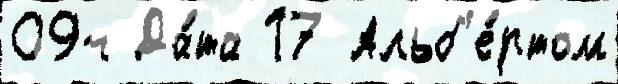
09ч Да́та 17 Альб'е́ртом